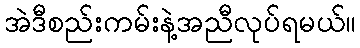
အဲဒီစည်းကမ်းနဲ့အညီလုပ်ရမယ်။